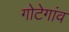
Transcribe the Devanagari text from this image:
गोटेगांव